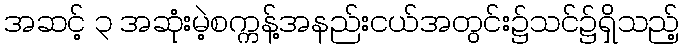
အဆင့် ၃ အဆုံးမဲ့စက္ကန့်အနည်းငယ်အတွင်း၌သင်၌ရှိသည့်